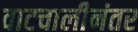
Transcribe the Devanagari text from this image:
वाटचालीनंतर